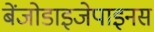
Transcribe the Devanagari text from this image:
बेंजोडाइजेपाइनस